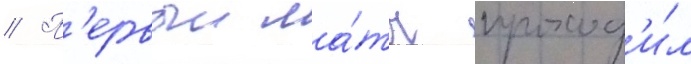
// П'ервыи ма́тч проход'и́л